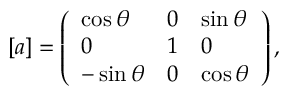
[ a ] = \left( \begin{array} { l l l } { \cos { \theta } } & { 0 } & { \sin { \theta } } \\ { 0 } & { 1 } & { 0 } \\ { - \sin { \theta } } & { 0 } & { \cos { \theta } } \end{array} \right) ,